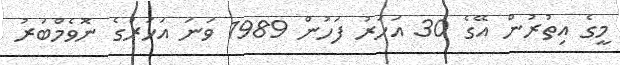
މީގެ އިތުރުން އޭގެ 30 އަހަރު ފަހުން 1989 ވަނަ އަހަރުގެ ނޮވެމްބަރު